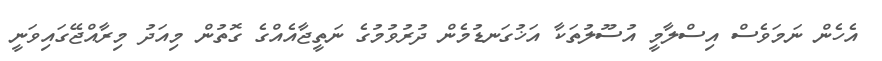
އެހެން ނަމަވެސް އިސްލާމީ އުސޫލުތަކާ އަޚުގަނޑުމެން ދުރުވުމުގެ ނަތީޖާއެއްގެ ގޮތުން މިއަދު މިރާއްޖޭގައިވަނީ